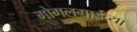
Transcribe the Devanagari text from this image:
गोगलगाईच्या